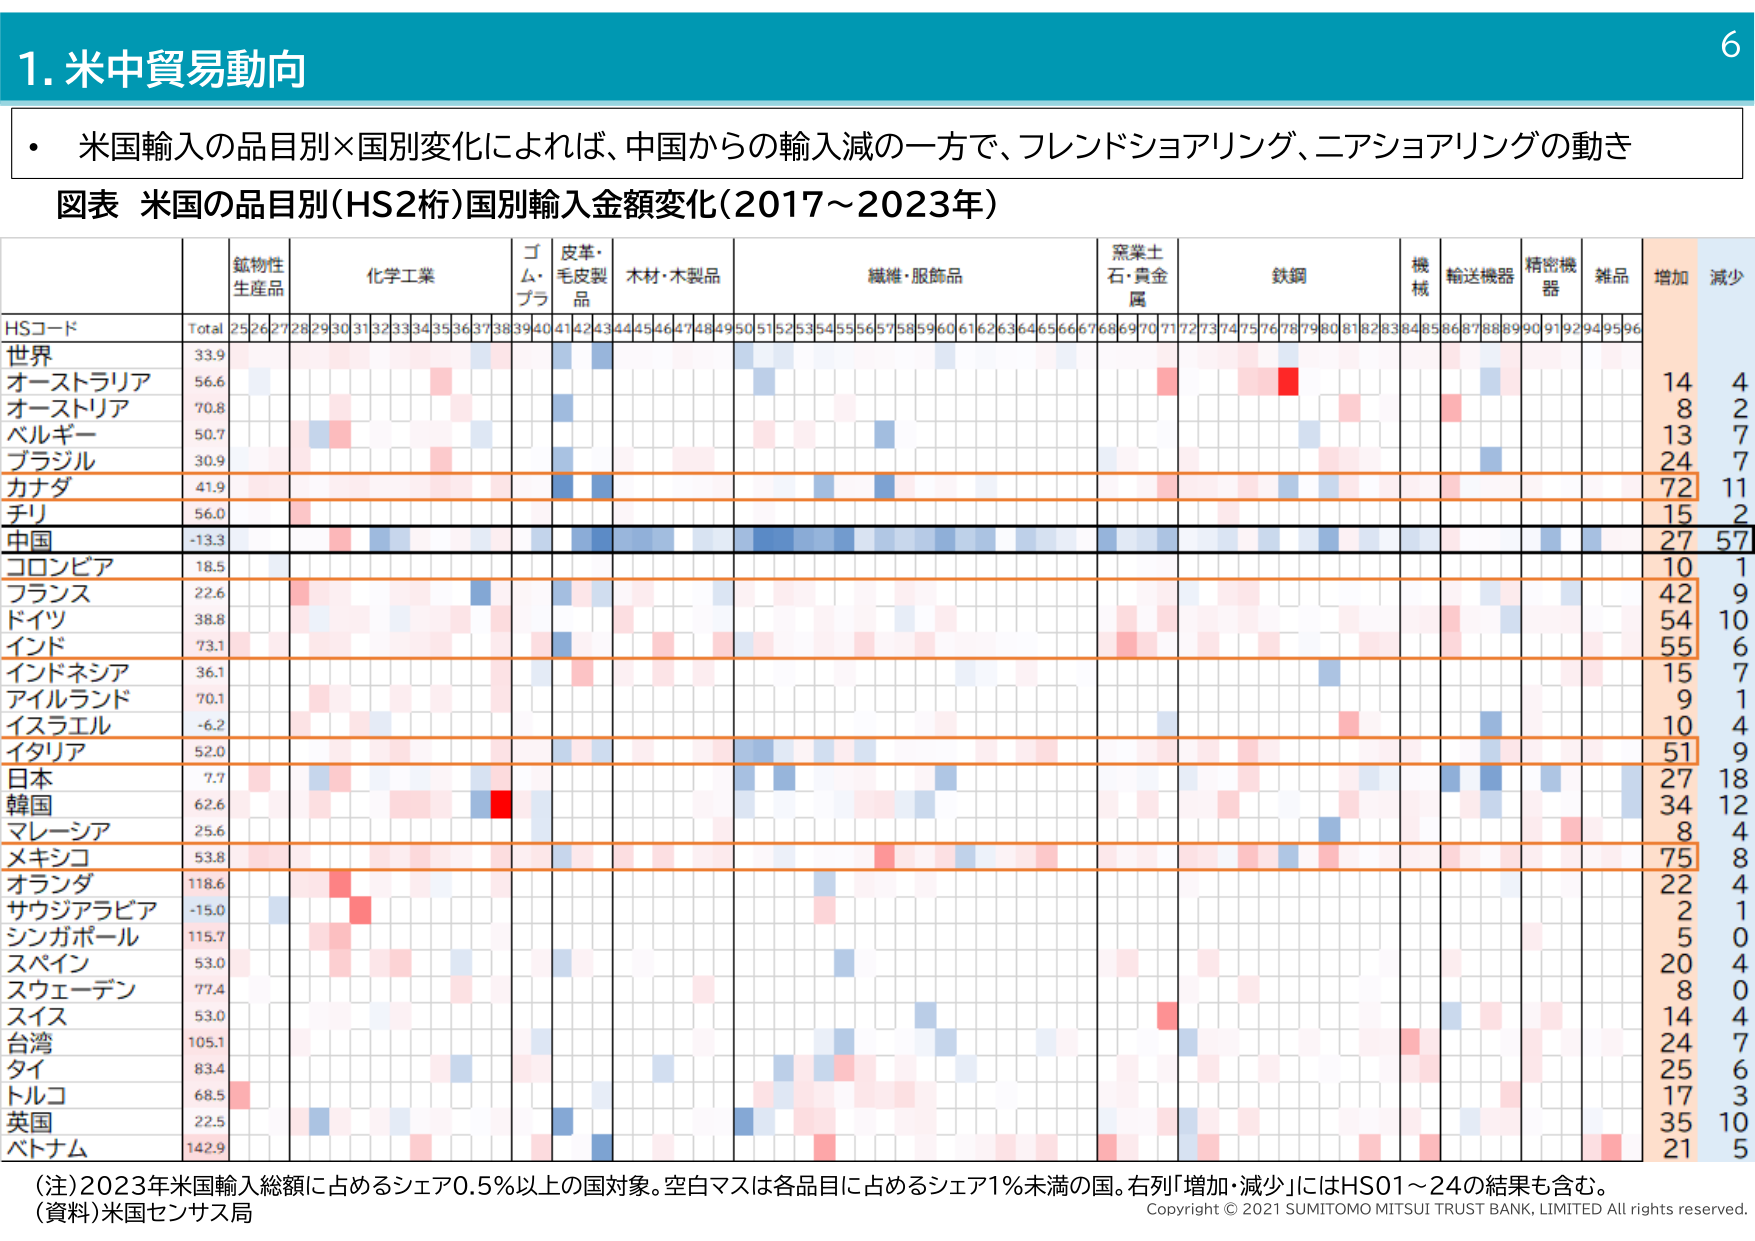
1. 米中貿易動向

・ 米国輸入の品目別×国別変化によれば、中国からの輸入減の一方で、フレンドショアリング、ニアショアリングの動き

図表 米国の品目別(HS2桁)国別輸入金額変化(2017～2023年)

HSコード Total 25 26 27 28 29 30 31 32 33 34 35 36 37 38 39 40 41 42 43 44 45 46 47 48 49 50 51 52 53 54 55 56 57 58 59 60 61 62 63 64 65 66 67 68 69 70 71 72 73 74 75 76 77 78 79 80 81 82 83 84 85 86 87 88 89 90 91 92 94 95 96 増加 減少
世界 33.9 14 4
オーストラリア 56.6 8 2
オーストリア 70.8 13 7
ベルギー 50.7 24 7
ブラジル 30.9 72 11
カナダ 41.9 15 2
チリ 56.0 27 57
中国 -13.3 10 1
コロンビア 18.5 42 9
フランス 22.6 54 10
ドイツ 38.8 55 6
インド 73.1 15 7
インドネシア 36.1 9 1
アイルランド 70.1 10 4
イスラエル -6.2 51 9
イタリア 52.0 27 18
日本 7.7 34 12
韓国 62.6 8 4
マレーシア 25.6 75 8
メキシコ 53.8 22 4
オランダ 118.6 2 1
サウジアラビア -15.0 5 0
シンガポール 115.7 20 4
スペイン 53.0 8 0
スウェーデン 77.4 14 4
スイス 53.0 24 7
台湾 105.1 25 6
タイ 83.4 17 3
トルコ 68.5 35 10
英国 22.5 21 5
バハマ 142.9

（注）2023年米国輸入総額に占めるシェア0.5％以上の国対象。空白マスは各品目に占めるシェア1％未満の国。右列「増加・減少」にはHS01～24の結果も含む。
（資料）米国センサス局

Copyright © 2021 SUMITOMO MITSUI TRUST BANK, LIMITED All rights reserved.

6